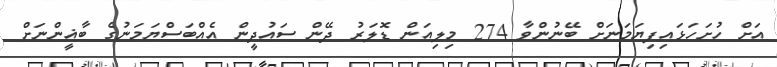
އަށް ހުށަހަޅައިފިޔަމަނަށް ބޭނުންވާ 274 މިލިއަން ޑޮލަރު ދޭން ސައުދީން އެއްބަސްޔަމަނުގެ ބާޣީންނަށް